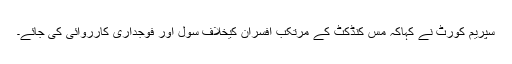
سپریم کورٹ نے کہاکہ مس کنڈکٹ کے مرتکب افسران کیخلاف سول اور فوجداری کارروائی کی جائے۔